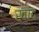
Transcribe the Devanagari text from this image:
खांद